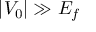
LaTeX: | V _ { 0 } | \gg E _ { f }